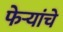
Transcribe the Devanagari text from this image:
फेऱ्यांचे